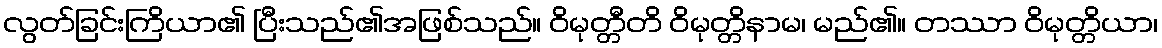
လွတ်ခြင်းကြိယာ၏ ပြီးသည်၏အဖြစ်သည်။ ဝိမုတ္တီတိ ဝိမုတ္တိနာမ၊ မည်၏။ တဿာ ဝိမုတ္တိယာ၊